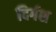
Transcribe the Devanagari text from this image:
दिर्गश